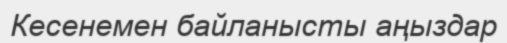
Кесенемен байланысты аңыздар